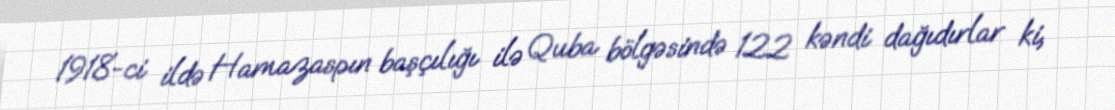
1918-ci ildə Hamazaspın başçılığı ilə Quba bölgəsində 122 kəndi dağıdırlar ki,